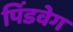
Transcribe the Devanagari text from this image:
पिंडवेग